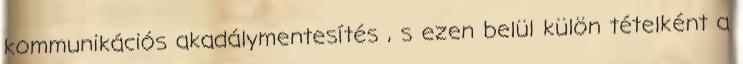
kommunikációs akadálymentesítés , s ezen belül külön tételként a